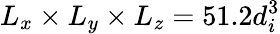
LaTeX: L_{x}\times L_{y}\times L_{z}=51.2d_{i}^{3}